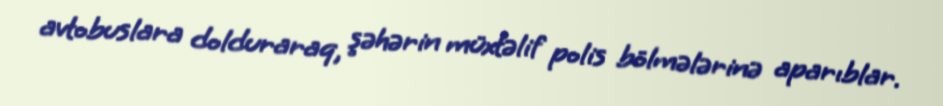
avtobuslara dolduraraq, şəhərin müxtəlif polis bölmələrinə aparıblar.